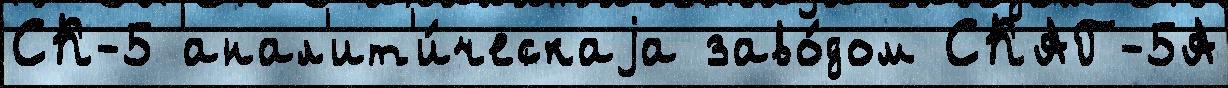
СК-5 анал'ит'и́ческаjа заво́дом СКАГ-5А